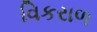
વિકરાળ